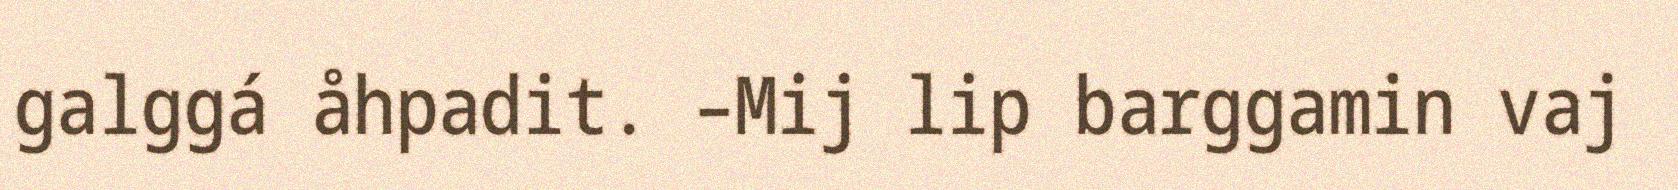
galggá åhpadit. –Mij lip barggamin vaj